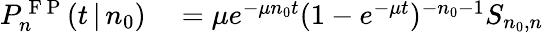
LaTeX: \begin{array}{rl}{P_{n}^{\mathrm{~F~P~}}(t\, |\, n_{0})}&{{}=\mu e^{-\mu n_{0}t}(1-e^{-\mu t})^{-n_{0}-1}S_{n_{0},n}}\end{array}